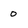
Character: 0